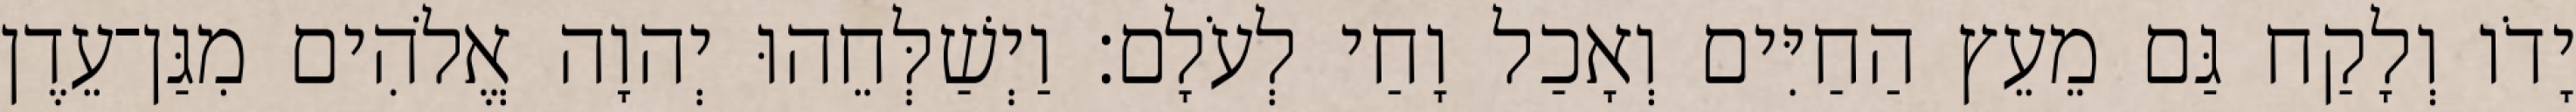
יָדֹו וְלָקַח גַּם מֵעֵץ הַחַיִּים וְאָכַל וָחַי לְעֹלָם׃ וַיְשַׁלְּחֵהוּ יְהוָה אֱלֹהִים מִגַּן־עֵדֶן